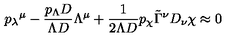
{ p _ { \lambda } } ^ { \mu } - \frac { p _ { \Lambda } D } { \Lambda D } \Lambda ^ { \mu } + \frac 1 { 2 \Lambda D } p _ { \chi } \tilde { \Gamma } ^ { \nu } D _ { \nu } \chi \approx 0